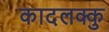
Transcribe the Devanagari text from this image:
कादलक्कु